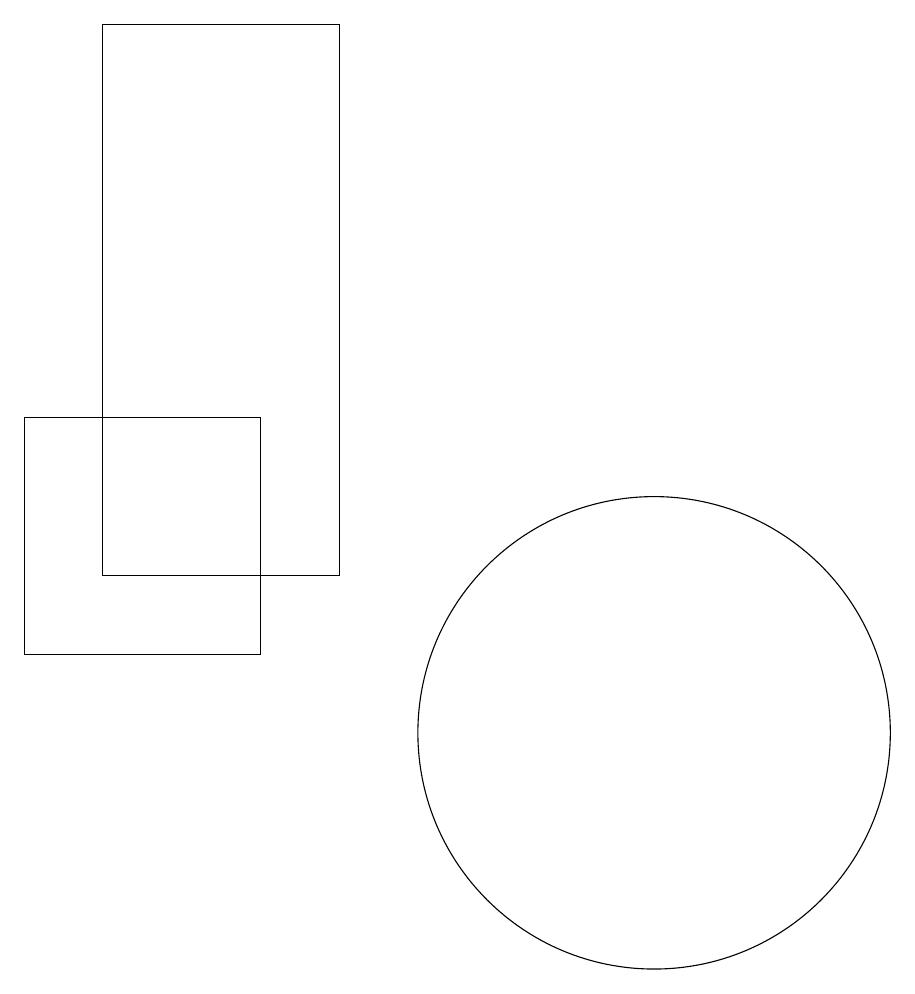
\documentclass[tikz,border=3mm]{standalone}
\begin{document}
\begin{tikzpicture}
\draw (3,12) rectangle (6,19);
\draw (10,10) circle (3);
\draw (5,11) rectangle (2,14);
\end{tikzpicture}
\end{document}